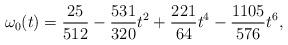
LaTeX: \begin{align*}\omega_{0}(t)={25\over 512}-{531\over 320}t^{2}+{221 \over 64}t^{4}-{1105 \over 576}t^{6},\end{align*}